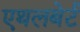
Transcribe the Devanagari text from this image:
एथलबेर्ट